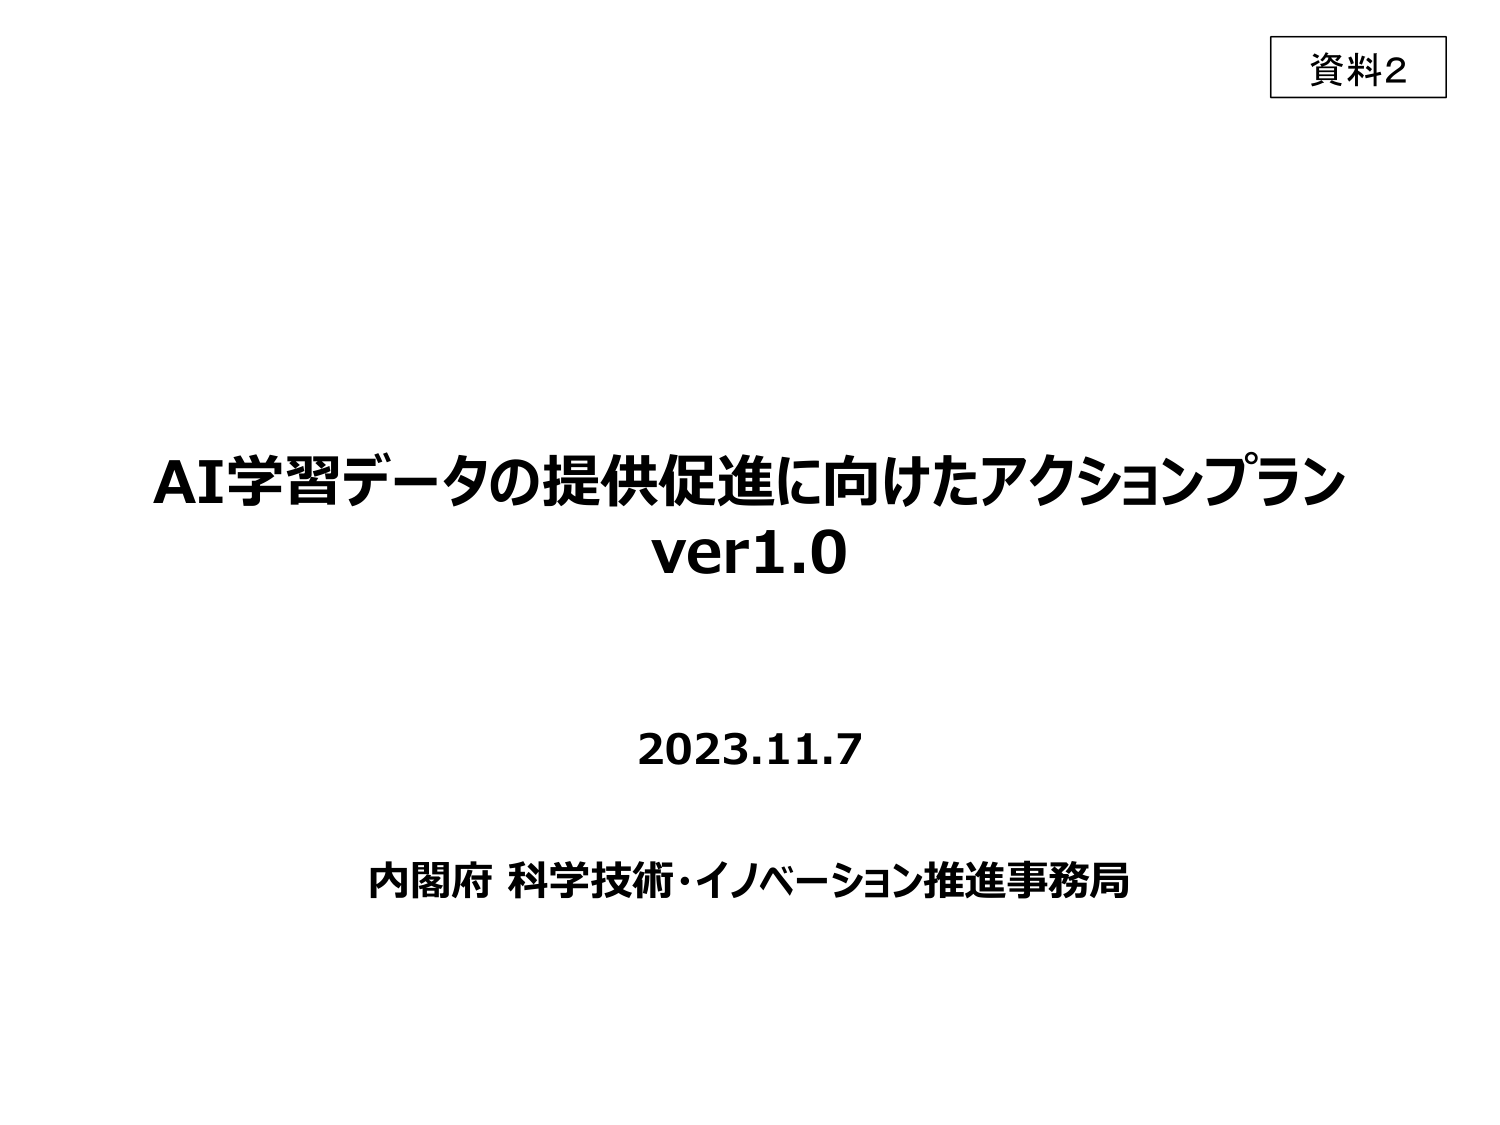
資料2

AI学習データの提供促進に向けたアクションプラン
ver1.0

2023.11.7

内閣府 科学技術・イノベーション推進事務局